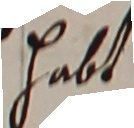
halt